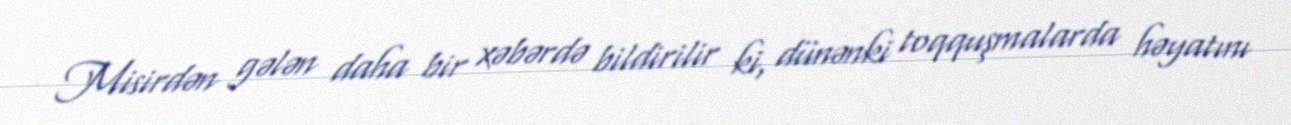
Misirdən gələn daha bir xəbərdə bildirilir ki, dünənki toqquşmalarda həyatını